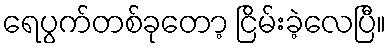
ရေပွက်တစ်ခုတော့ ငြိမ်းခဲ့လေပြီ။